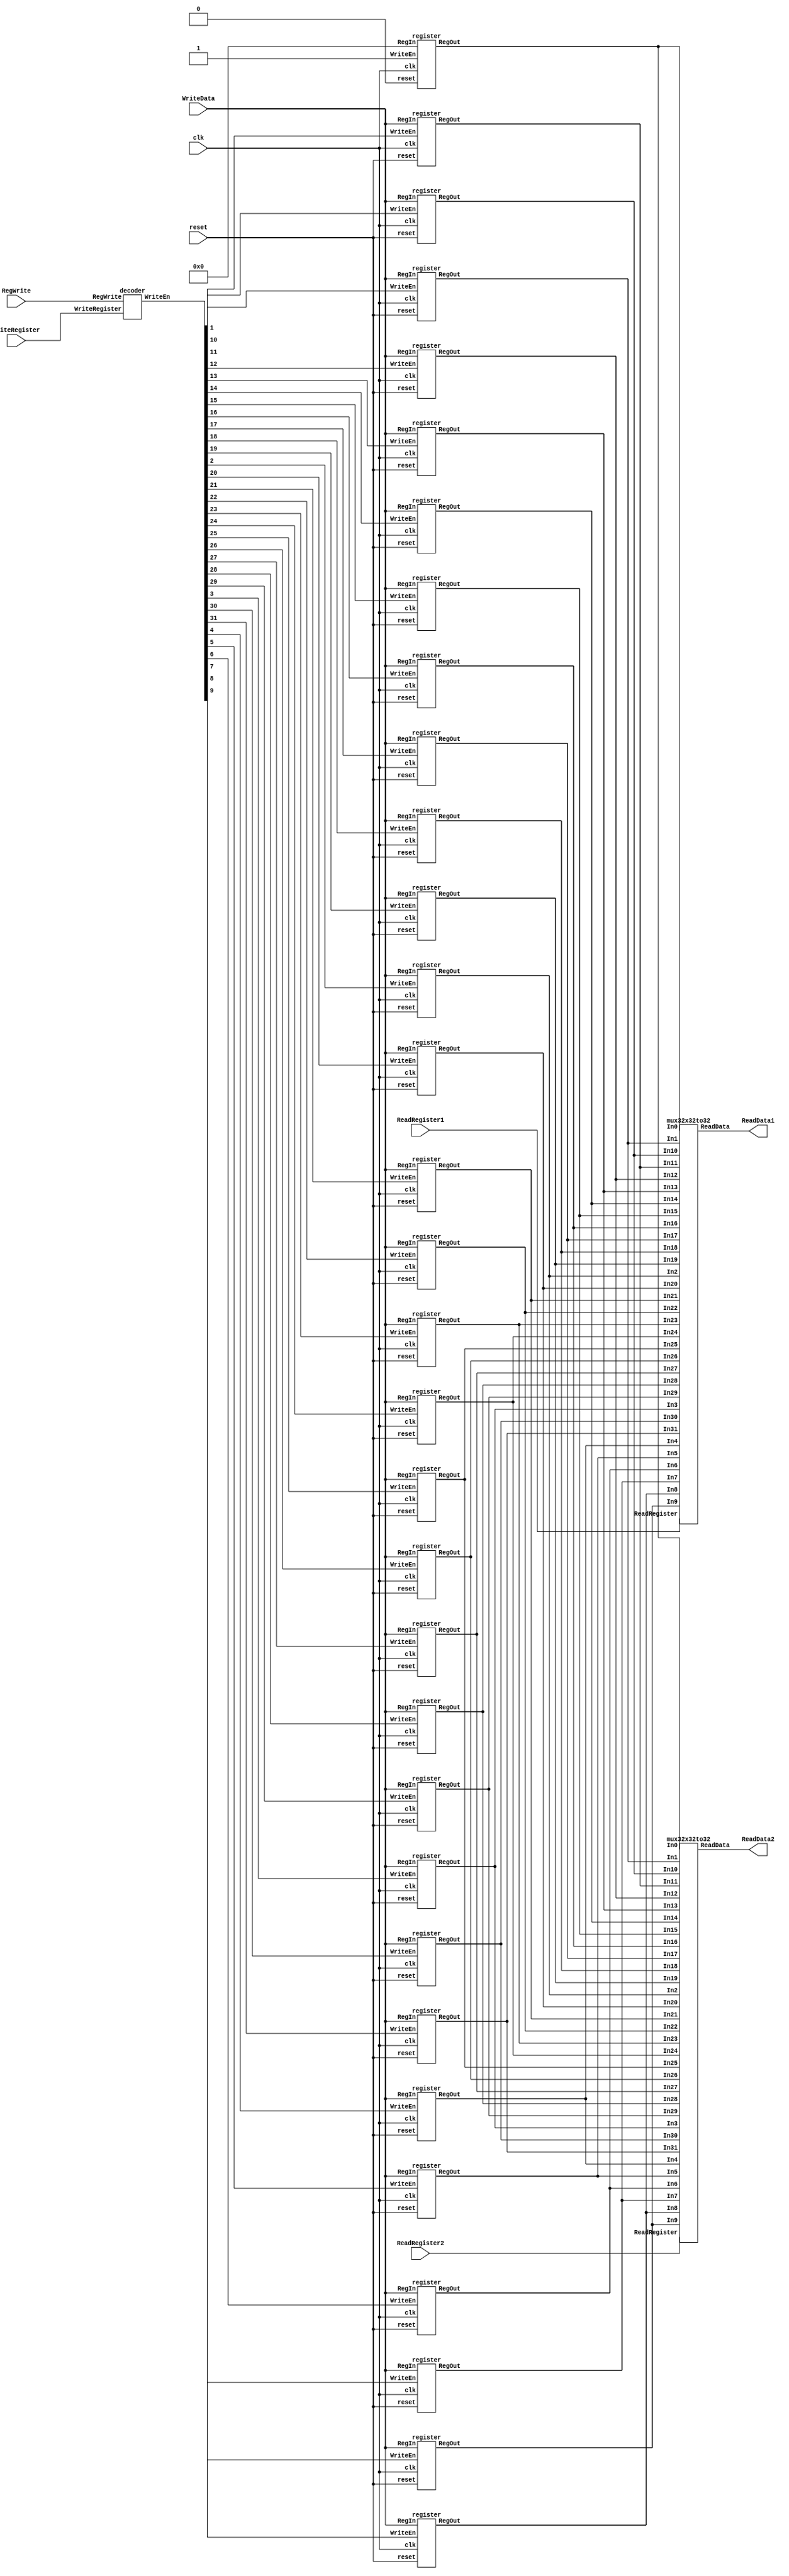
`timescale 1 ps / 100 fs
// Verilog project: 32-bit 5-stage Pipelined MIPS Processor in Verilog 
// Register file 
module regfile(
ReadData1,
ReadData2,
WriteData,
ReadRegister1,
ReadRegister2,
WriteRegister,
RegWrite,
reset,
clk);

input [4:0]ReadRegister1,ReadRegister2,WriteRegister;
input [31:0] WriteData;
input RegWrite,reset, clk;
output [31:0] ReadData1, ReadData2;
wire [31:0] WriteEn;
wire [31:0] RegArray [0:31];
integer i;
     //----Decoder Block
 decoder Decoder1( WriteEn,RegWrite,WriteRegister);
 register reg0 (RegArray[0],32'b0,1'b1,1'b0, clk);
 register reg1 (RegArray[1],WriteData,WriteEn[1],reset,clk);
 register reg2 (RegArray[2],WriteData,WriteEn[2],reset,clk);
 register reg3 (RegArray[3],WriteData,WriteEn[3],reset,clk);
 register reg4 (RegArray[4],WriteData,WriteEn[4],reset,clk);
 register reg5 (RegArray[5],WriteData,WriteEn[5],reset,clk);
 register reg6 (RegArray[6],WriteData,WriteEn[6],reset,clk);
 register reg7 (RegArray[7],WriteData,WriteEn[7],reset,clk);
 register reg8 (RegArray[8],WriteData,WriteEn[8],reset,clk);
 register reg9 (RegArray[9],WriteData,WriteEn[9],reset,clk);
 register reg10 (RegArray[10],WriteData,WriteEn[10],reset,clk);
 register reg11 (RegArray[11],WriteData,WriteEn[11],reset,clk);
 register reg12 (RegArray[12],WriteData,WriteEn[12],reset,clk);
 register reg13 (RegArray[13],WriteData,WriteEn[13],reset,clk);
 register reg14 (RegArray[14],WriteData,WriteEn[14],reset,clk);
 register reg15 (RegArray[15],WriteData,WriteEn[15],reset,clk);
 register reg16 (RegArray[16],WriteData,WriteEn[16],reset,clk);
 register reg17 (RegArray[17],WriteData,WriteEn[17],reset,clk);
 register reg18 (RegArray[18],WriteData,WriteEn[18],reset,clk);
 register reg19 (RegArray[19],WriteData,WriteEn[19],reset,clk);
 register reg20 (RegArray[20],WriteData,WriteEn[20],reset,clk);
 register reg21 (RegArray[21],WriteData,WriteEn[21],reset,clk);
 register reg22 (RegArray[22],WriteData,WriteEn[22],reset,clk);
 register reg23 (RegArray[23],WriteData,WriteEn[23],reset,clk);
 register reg24 (RegArray[24],WriteData,WriteEn[24],reset,clk);
 register reg25 (RegArray[25],WriteData,WriteEn[25],reset,clk);
 register reg26 (RegArray[26],WriteData,WriteEn[26],reset,clk);
 register reg27 (RegArray[27],WriteData,WriteEn[27],reset,clk);
 register reg28 (RegArray[28],WriteData,WriteEn[28],reset,clk);
 register reg29 (RegArray[29],WriteData,WriteEn[29],reset,clk);
 register reg30 (RegArray[30],WriteData,WriteEn[30],reset,clk);
 register reg31 (RegArray[31],WriteData,WriteEn[31],reset,clk); 
 //----32x32to32 Multiplexor1 Block----
    mux32x32to32 Mux1(ReadData1,RegArray[0], RegArray[1],RegArray[2], RegArray[3],RegArray[4],RegArray[5],RegArray[6],RegArray[7],
 RegArray[8],RegArray[9],RegArray[10],RegArray[11],RegArray[12],RegArray[13],RegArray[14],RegArray[15],RegArray[16],RegArray[17],
 RegArray[18], RegArray[19],RegArray[20],RegArray[21],RegArray[22],RegArray[23],RegArray[24],RegArray[25],RegArray[26],
 RegArray[27], RegArray[28], RegArray[29],RegArray[30],RegArray[31], ReadRegister1
      ); 
           
 //----32x32to32 Multiplexor2 Block----
 mux32x32to32 Mux2(ReadData2,RegArray[0], RegArray[1],RegArray[2], RegArray[3],RegArray[4],RegArray[5],RegArray[6],RegArray[7],
 RegArray[8],RegArray[9],RegArray[10],RegArray[11],RegArray[12],RegArray[13],RegArray[14],RegArray[15],RegArray[16],RegArray[17],
 RegArray[18], RegArray[19],RegArray[20],RegArray[21],RegArray[22],RegArray[23],RegArray[24],RegArray[25],RegArray[26],
 RegArray[27], RegArray[28], RegArray[29],RegArray[30],RegArray[31], ReadRegister2
       );  
endmodule

//------------DFF-------------------
module D_FF (q, d, reset, clk);
output q;
input d, reset, clk;
reg q; // Indicate that q is stateholding
 
always @(posedge clk or posedge reset)
if (reset)
q = 0; // On reset, set to 0
else
q = d; // Otherwise out = d 
endmodule
// 1 bit register 
module RegBit(BitOut, BitData, WriteEn,reset, clk);
output BitOut; // 1 bit of register
input BitData, WriteEn; 
input reset,clk;
wire d,f1, f2; // input of D Flip-Flop
wire reset;
//assign reset=0;
and #(50) U1(f1, BitOut, (~WriteEn));
and #(50) U2(f2, BitData, WriteEn);
or  #(50) U3(d, f1, f2);
D_FF DFF0(BitOut, d, reset, clk);
endmodule

//32 bit register 
module register(RegOut,RegIn,WriteEn,reset,clk); 
output [31:0] RegOut;
input [31:0] RegIn;
input WriteEn,reset, clk;
RegBit bit31(RegOut[31],RegIn[31],WriteEn,reset,clk);
RegBit bit30(RegOut[30],RegIn[30],WriteEn,reset,clk);
RegBit bit29(RegOut[29],RegIn[29],WriteEn,reset,clk); 
RegBit bit28(RegOut[28],RegIn[28],WriteEn,reset,clk); 
RegBit bit27(RegOut[27],RegIn[27],WriteEn,reset,clk); 
RegBit bit26(RegOut[26],RegIn[26],WriteEn,reset,clk); 
RegBit bit25(RegOut[25],RegIn[25],WriteEn,reset,clk); 
RegBit bit24(RegOut[24],RegIn[24],WriteEn,reset,clk); 
RegBit bit23(RegOut[23],RegIn[23],WriteEn,reset,clk); 
RegBit bit22(RegOut[22],RegIn[22],WriteEn,reset,clk); 
RegBit bit21(RegOut[21],RegIn[21],WriteEn,reset,clk); 
RegBit bit20(RegOut[20],RegIn[20],WriteEn,reset,clk); 
RegBit bit19(RegOut[19],RegIn[19],WriteEn,reset,clk); 
RegBit bit18(RegOut[18],RegIn[18],WriteEn,reset,clk); 
RegBit bit17(RegOut[17],RegIn[17],WriteEn,reset,clk); 
RegBit bit16(RegOut[16],RegIn[16],WriteEn,reset,clk); 
RegBit bit15(RegOut[15],RegIn[15],WriteEn,reset,clk); 
RegBit bit14(RegOut[14],RegIn[14],WriteEn,reset,clk); 
RegBit bit13(RegOut[13],RegIn[13],WriteEn,reset,clk); 
RegBit bit12(RegOut[12],RegIn[12],WriteEn,reset,clk); 
RegBit bit11(RegOut[11],RegIn[11],WriteEn,reset,clk); 
RegBit bit10(RegOut[10],RegIn[10],WriteEn,reset,clk); 
RegBit bit9 (RegOut[9], RegIn[9], WriteEn,reset,clk); 
RegBit bit8 (RegOut[8], RegIn[8], WriteEn,reset,clk); 
RegBit bit7 (RegOut[7], RegIn[7], WriteEn,reset,clk); 
RegBit bit6 (RegOut[6], RegIn[6], WriteEn,reset,clk); 
RegBit bit5 (RegOut[5], RegIn[5], WriteEn,reset,clk); 
RegBit bit4 (RegOut[4], RegIn[4], WriteEn,reset,clk); 
RegBit bit3 (RegOut[3], RegIn[3], WriteEn,reset,clk); 
RegBit bit2 (RegOut[2], RegIn[2], WriteEn,reset,clk); 
RegBit bit1 (RegOut[1], RegIn[1], WriteEn,reset,clk); 
RegBit bit0 (RegOut[0], RegIn[0], WriteEn,reset,clk); 

endmodule

// Decoder 
module decoder(WriteEn,RegWrite, WriteRegister);
input RegWrite;
input [4:0] WriteRegister;
output [31:0] WriteEn;
wire [31:0] OE; // Output Enable
dec5to32 dec(OE,WriteRegister);
assign WriteEn[0]=0;
 and  #(50) gate1(WriteEn[1],OE[1],RegWrite);
 and  #(50) gate2(WriteEn[2],OE[2],RegWrite);
 and  #(50) gate3(WriteEn[3],OE[3],RegWrite);
 and  #(50) gate4(WriteEn[4],OE[4],RegWrite);
 and  #(50) gate5(WriteEn[5],OE[5],RegWrite);
 and  #(50) gate6(WriteEn[6],OE[6],RegWrite);
 and  #(50) gate7(WriteEn[7],OE[7],RegWrite);
 and  #(50) gate8(WriteEn[8],OE[8],RegWrite);
 and  #(50) gate9(WriteEn[9],OE[9],RegWrite);
 and  #(50) gate10(WriteEn[10],OE[10],RegWrite);
 and  #(50) gate11(WriteEn[11],OE[11],RegWrite);
 and  #(50) gate12(WriteEn[12],OE[12],RegWrite);
 and  #(50) gate13(WriteEn[13],OE[13],RegWrite);
 and  #(50) gate14(WriteEn[14],OE[14],RegWrite);
 and  #(50) gate15(WriteEn[15],OE[15],RegWrite);
 and  #(50) gate16(WriteEn[16],OE[16],RegWrite);
 and  #(50) gate17(WriteEn[17],OE[17],RegWrite);
 and  #(50) gate18(WriteEn[18],OE[18],RegWrite);
 and  #(50) gate19(WriteEn[19],OE[19],RegWrite);
 and  #(50) gate20(WriteEn[20],OE[20],RegWrite);
 and  #(50) gate21(WriteEn[21],OE[21],RegWrite);
 and  #(50) gate22(WriteEn[22],OE[22],RegWrite);
 and  #(50) gate23(WriteEn[23],OE[23],RegWrite);
 and  #(50) gate24(WriteEn[24],OE[24],RegWrite);
 and  #(50) gate25(WriteEn[25],OE[25],RegWrite);
 and  #(50) gate26(WriteEn[26],OE[26],RegWrite);
 and  #(50) gate27(WriteEn[27],OE[27],RegWrite);
 and  #(50) gate28(WriteEn[28],OE[28],RegWrite);
 and  #(50) gate29(WriteEn[29],OE[29],RegWrite);
 and  #(50) gate30(WriteEn[30],OE[30],RegWrite);
 and  #(50) gate31(WriteEn[31],OE[31],RegWrite);
endmodule
module andmore(g,a,b,c,d,e);
  output g;
  input a,b,c,d,e;
  and #(50) and1(f1,a,b,c,d),
            and2(g,f1,e);
endmodule
module dec5to32(Out,Adr);
input [4:0] Adr; // Adr=Address of register
output [31:0] Out;
not #(50) Inv4(Nota, Adr[4]);
not #(50) Inv3(Notb, Adr[3]);
not #(50) Inv2(Notc, Adr[2]);
not #(50) Inv1(Notd, Adr[1]);
not #(50) Inv0(Note, Adr[0]);

andmore a0(Out[0],  Nota,Notb,Notc,Notd,Note); // 00000
andmore a1(Out[1],  Nota,Notb,Notc,Notd,Adr[0]); // 00001
andmore a2(Out[2],  Nota,Notb,Notc,Adr[1],Note); //00010
andmore a3(Out[3],  Nota,Notb,Notc,Adr[1],Adr[0]);
andmore a4(Out[4],  Nota,Notb,Adr[2],Notd,Note);
andmore a5(Out[5],  Nota,Notb,Adr[2],Notd,Adr[0]);
andmore a6(Out[6],  Nota,Notb,Adr[2],Adr[1],Note);
andmore a7(Out[7],  Nota,Notb,Adr[2],Adr[1],Adr[0]);
andmore a8(Out[8],    Nota,Adr[3],Notc,Notd,Note);
andmore a9(Out[9],    Nota,Adr[3],Notc,Notd,Adr[0]);
andmore a10(Out[10],  Nota,Adr[3],Notc,Adr[1],Note);
andmore a11(Out[11],  Nota,Adr[3],Notc,Adr[1],Adr[0]);
andmore a12(Out[12],  Nota,Adr[3],Adr[2],Notd,Note);
andmore a13(Out[13],  Nota,Adr[3],Adr[2],Notd,Adr[0]);
andmore a14(Out[14],  Nota,Adr[3],Adr[2],Adr[1],Note);
andmore a15(Out[15],  Nota,Adr[3],Adr[2],Adr[1],Adr[0]);
andmore a16(Out[16],  Adr[4],Notb,Notc,Notd,Note);
andmore a17(Out[17],  Adr[4],Notb,Notc,Notd,Adr[0]);
andmore a18(Out[18],  Adr[4],Notb,Notc,Adr[1],Note);
andmore a19(Out[19],  Adr[4],Notb,Notc,Adr[1],Adr[0]);
andmore a20(Out[20],  Adr[4],Notb,Adr[2],Notd,Note);
andmore a21(Out[21],  Adr[4],Notb,Adr[2],Notd,Adr[0]);
andmore a22(Out[22],  Adr[4],Notb,Adr[2],Adr[1],Note);
andmore a23(Out[23],  Adr[4],Notb,Adr[2],Adr[1],Adr[0]);
andmore a24(Out[24],  Adr[4],Adr[3],Notc,Notd,Note);
andmore a25(Out[25],  Adr[4],Adr[3],Notc,Notd,Adr[0]);
andmore a26(Out[26],  Adr[4],Adr[3],Notc,Adr[1],Note);
andmore a27(Out[27],  Adr[4],Adr[3],Notc,Adr[1],Adr[0]);
andmore a28(Out[28],  Adr[4],Adr[3],Adr[2],Notd,Note);
andmore a29(Out[29],  Adr[4],Adr[3],Adr[2],Notd,Adr[0]);
andmore a30(Out[30],  Adr[4],Adr[3],Adr[2],Adr[1],Note);
andmore a31(Out[31],  Adr[4],Adr[3],Adr[2],Adr[1],Adr[0]); // 11111
endmodule

//------------module multiplexor 32 to 1----------------
module mux32to1(Out, In , Select);
output Out;
input [31:0] In; 
input [4:0] Select; 
wire [31:0] OE,f; // OE = Output Enable
dec5to32 dec1(OE,Select);

 and  #(50) g_0(f[0],OE[0],In[0]);
 and  #(50) g_1(f[1],OE[1],In[1]);
 and  #(50) g_2(f[2],OE[2],In[2]);
 and  #(50) g_3(f[3],OE[3],In[3]);
 and  #(50) g_4(f[4],OE[4],In[4]);
 and  #(50) g_5(f[5],OE[5],In[5]);
 and  #(50) g_6(f[6],OE[6],In[6]);
 and  #(50) g_7(f[7],OE[7],In[7]);
 and  #(50) g_8(f[8],OE[8],In[8]);
 and  #(50) g_9(f[9],OE[9],In[9]);
 and  #(50) g_10(f[10],OE[10],In[10]);
 and  #(50) g_11(f[11],OE[11],In[11]);
 and  #(50) g_12(f[12],OE[12],In[12]);
 and  #(50) g_13(f[13],OE[13],In[13]);
 and  #(50) g_14(f[14],OE[14],In[14]);
 and  #(50) g_15(f[15],OE[15],In[15]);
 and  #(50) g_16(f[16],OE[16],In[16]);
 and  #(50) g_17(f[17],OE[17],In[17]);
 and  #(50) g_18(f[18],OE[18],In[18]);
 and  #(50) g_19(f[19],OE[19],In[19]);
 and  #(50) g_20(f[20],OE[20],In[20]);
 and  #(50) g_21(f[21],OE[21],In[21]);
 and  #(50) g_22(f[22],OE[22],In[22]);
 and  #(50) g_23(f[23],OE[23],In[23]);
 and  #(50) g_24(f[24],OE[24],In[24]);
 and  #(50) g_25(f[25],OE[25],In[25]);
 and  #(50) g_26(f[26],OE[26],In[26]);
 and  #(50) g_27(f[27],OE[27],In[27]);
 and  #(50) g_28(f[28],OE[28],In[28]);
 and  #(50) g_29(f[29],OE[29],In[29]);
 and  #(50) g_30(f[30],OE[30],In[30]);
 and  #(50) g_31(f[31],OE[31],In[31]);

 

 or #(50) gate3(g3,f[0],f[1],f[2],f[3]);
 or #(50) gate4(g4,f[4],f[5],f[6],f[7]);
 or #(50) gate5(g5,f[8],f[9],f[10],f[11]);
 or #(50) gate6(g6,f[12],f[13],f[14],f[15]);
 or #(50) gate7(g7,f[16],f[17],f[18],f[19]);
 or #(50) gate8(g8,f[20],f[21],f[22],f[23]);
 or #(50) gate9(g9,f[24],f[25],f[26],f[27]);
 or #(50) gate10(g10,f[28],f[29],f[30],f[31]);
 or #(50) gate11(g11,g3,g4,g5,g6);
 or #(50) gate12(g12,g7,g8,g9,10);
 or #(50) gate(Out,g11,g12);
 endmodule
module mux32x32to32(ReadData,In0, In1,In2,In3,In4,In5,In6,In7,In8,In9,In10,In11,In12,In13,In14,In15,In16,In17,In18,In19,In20,In21,In22,In23, In24,In25,In26,In27,In28,In29,In30,In31,ReadRegister);

input [31:0] In0, In1,In2,In3,In4,In5,In6,In7,In8,In9,In10,In11,In12,In13,In14,In15,In16,In17,In18,In19,In20,In21,In22,In23,In24,In25,In26,In27,In28,In29,In30,In31;
input [4:0] ReadRegister;
output [31:0] ReadData;
reg [31:0] ArrayReg [0:31];
integer j;
always @(*)
begin
for (j=0;j<=31;j=j+1)
          ArrayReg[j] = {In31[j], In30[j],In29[j],In28[j],In27[j],In26[j],In25[j],In24[j],In23[j],In22[j],In21[j],
       In20[j],In19[j],In18[j],In17[j],In16[j],In15[j],In14[j],In13[j],In12[j],In11[j],
       In10[j],In9[j],In8[j],In7[j],In6[j],In5[j],In4[j],In3[j],In2[j],In1[j],In0[j]};
   
end
mux32to1  mux0(ReadData[0],ArrayReg[0],ReadRegister);
mux32to1  mux1(ReadData[1],ArrayReg[1],ReadRegister);
mux32to1  mux2(ReadData[2],ArrayReg[2],ReadRegister);
mux32to1  mux3(ReadData[3],ArrayReg[3],ReadRegister);
mux32to1  mux4(ReadData[4],ArrayReg[4],ReadRegister);
mux32to1  mux5(ReadData[5],ArrayReg[5],ReadRegister);
mux32to1  mux6(ReadData[6],ArrayReg[6],ReadRegister);
mux32to1  mux7(ReadData[7],ArrayReg[7],ReadRegister);
mux32to1  mux8(ReadData[8],ArrayReg[8],ReadRegister);
mux32to1  mux9(ReadData[9],ArrayReg[9],ReadRegister);
mux32to1  mux10(ReadData[10],ArrayReg[10],ReadRegister);
mux32to1  mux11(ReadData[11],ArrayReg[11],ReadRegister); 
mux32to1  mux12(ReadData[12],ArrayReg[12],ReadRegister);
mux32to1  mux13(ReadData[13],ArrayReg[13],ReadRegister);
mux32to1  mux14(ReadData[14],ArrayReg[14],ReadRegister);
mux32to1  mux15(ReadData[15],ArrayReg[15],ReadRegister); 
mux32to1  mux16(ReadData[16],ArrayReg[16],ReadRegister);
mux32to1  mux17(ReadData[17],ArrayReg[17],ReadRegister);
mux32to1  mux18(ReadData[18],ArrayReg[18],ReadRegister);
mux32to1  mux19(ReadData[19],ArrayReg[19],ReadRegister);
mux32to1  mux20(ReadData[20],ArrayReg[20],ReadRegister);
mux32to1  mux21(ReadData[21],ArrayReg[21],ReadRegister);
mux32to1  mux22(ReadData[22],ArrayReg[22],ReadRegister);
mux32to1  mux23(ReadData[23],ArrayReg[23],ReadRegister);
mux32to1  mux24(ReadData[24],ArrayReg[24],ReadRegister);
mux32to1  mux25(ReadData[25],ArrayReg[25],ReadRegister);
mux32to1  mux26(ReadData[26],ArrayReg[26],ReadRegister);
mux32to1  mux27(ReadData[27],ArrayReg[27],ReadRegister);
mux32to1  mux28(ReadData[28],ArrayReg[28],ReadRegister);
mux32to1  mux29(ReadData[29],ArrayReg[29],ReadRegister);
mux32to1  mux30(ReadData[30],ArrayReg[30],ReadRegister);
mux32to1  mux31(ReadData[31],ArrayReg[31],ReadRegister);

endmodule